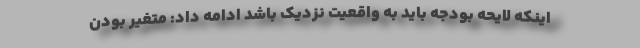
اینکه لایحه بودجه باید به واقعیت نزدیک باشد ادامه داد: متغیر بودن